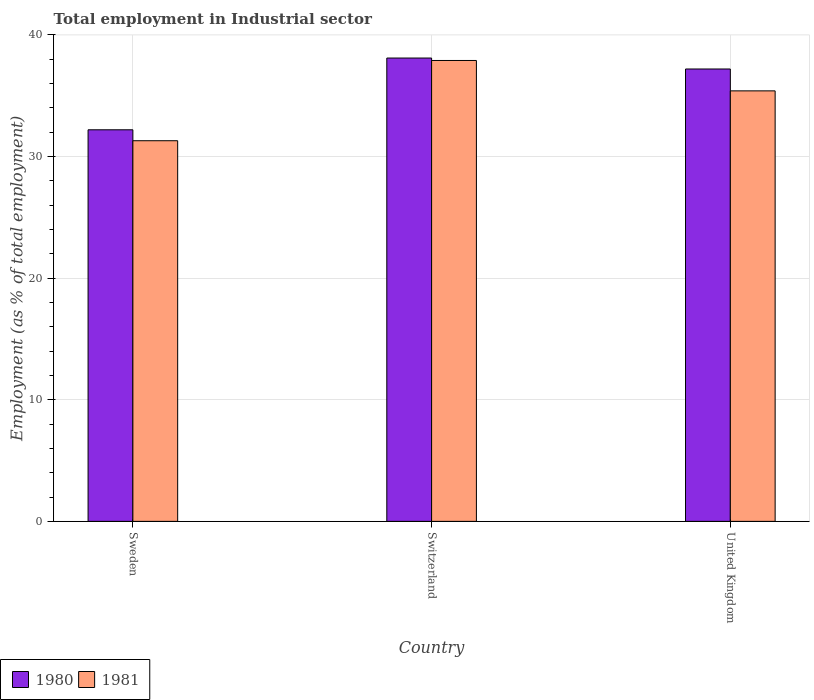
| Country | 1980 | 1981 |
 | --- | --- | --- |
 | Sweden | 32.2 | 31.3 |
 | Switzerland | 38.1 | 37.9 |
 | United Kingdom | 37.2 | 35.4 |